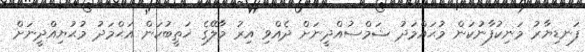
ފަނޑިޔާރު މަނިކުފާނުކަން މުޙައްމަދު ޝަމްސުއްދީނަށް ދެއްވި އިރު މާލޭގެ ޚަޠީބުކަން އަޙްމަދު މުޙުޔިއްދީނަށް